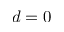
d = 0